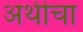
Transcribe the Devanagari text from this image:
अर्थीचा